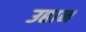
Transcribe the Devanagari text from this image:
उहान